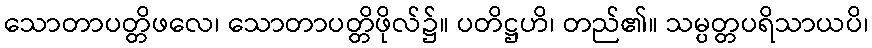
သောတာပတ္တိဖလေ၊ သောတာပတ္တိဖိုလ်၌။ ပတိဋ္ဌဟိ၊ တည်၏။ သမ္ပတ္တပရိသာယပိ၊